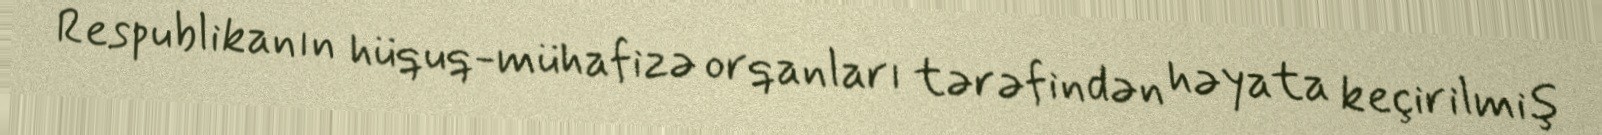
Respublikanın hüquq-mühafizə orqanları tərəfindən həyata keçirilmiş